Vaccination in Burma 1920-1933 - 1920-1933
Year: 1920
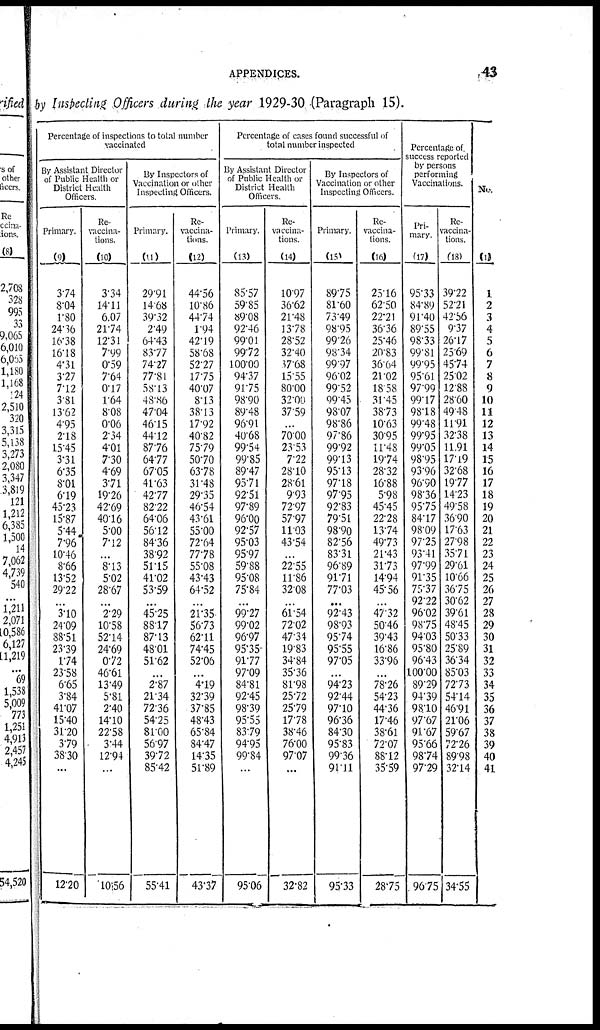
APPENDICES.
43
by Inspecting Officers during the year 1929-30 (Paragraph 15).
Percentage of inspections to total number
vaccinated
By Assistant Director
of Public Health or
District Health
Officers.
Primary.
(9)
374
8.04
1.80
24.36
16.38
16.18
4.31
3.27
7.12
3.81
13.62
4.95
2.18
15.45
3.31
6.35
8.01
6.19
45.23
15.87
5.44
7.96
10.46
8.66
13.52
29.22
......
3.10
24.09
88.51
23.39
1.74
23.58
6.65
3.84
41.07
15.40
31.20
3.79
38.30
...
12.20
Re-
vaccina-
tions.
(10)
3.34
14.11
6.07
21.74
12.31
7.99
0.59
7.64
0.17
1.64
8.08
0.06
2.34
4.01
7.30
4.69
3.71
19.26
42.69
40.16
5.00
7.12
...
8.13
5.02
28.67
...
2.29
10.58
52.14
24.69
0.72
46.61
13.49
5.81
2.40
14.10
22.58
3.44
12.94
...
10.56
By Inspectors of
Vaccination or other
Inspecting Officers.
Primary.
(11)
29.91
14.68
39.32
2.49
64.43
83.77
74.27
77.81
58.13
48.86
47.04
46.15
44.12
87.76
64.77
67.05
41.63
42.77
82.22
64.06
56.12
84.36
38.92
51.15
41.02
53.59
...
45.25
88.17
87.13
48.01
51.62
...
2.87
21.34
72.36
54.25
81.00
56.97
39.72
85.42
55.41
Re-
vaccina-
tions.
(12)
44.56
10.86
44.74
1.94
42.19
58.68
52.27
17.75
40.07
8.13
38.13
17.92
40.82
75.79
50.70
63.78
31.48
29.35
46.54
43.61
55.00
72.64
77.78
55.08
43.43
64.52
...
21.35
56.73
62.11
74.45
52.06
...
4.19
32.39
37.85
48.43
65.84
84.47
14.35
51.89
43.37
Percentage of cases found successful of
total number inspected
By Assistant Director
of Public Health or
District Health
Officers.
Primary.
(13)
85.57
59.85
89.08
92.46
99.01
99.72
100.00
94.37
91.75
98.90
89.48
96.91
40.68
99.54
99.85
89.47
95.71
92.51
97.89
96.00
92.57
95.03
95.97
59.88
95.08
75.84
...
99.27
99.02
96.97
95.35.
91.77
97.09
84.81
92.45
98.39
95.55
83.79
94.95
99.84
...
95.06
Re-
vaccina-
tions.
(14)
10.97
36.62
21.48
13.78
28.52
32.40
37.68
15.55
80.00
32.00
37.59
...
70.00
23.53
7.22
28.10
28.61
9.93
72.97
57.97
11.03
43.54
...
22.55
11.86
32.08
... 61.54
72.02
47.34
19.83
34.84
35.36
81.98
25.72
25.79
17.78
38.46
76.00
97.07
...
32.82
By Inspectors of
Vaccination or other
Inspecting Officers.
Primary.
(15)
89.75
81.60
73.49
98.95
99.26
98.34
99.97
96.02
99.52
99.45
98.07
98.86
97.86
99.92
99.13
95.13
97.18
97.95
92.83
79.51
98.90
82.56
83.31
96.89
91.71
77.03
...
92.43
98.93
95.74
95.55
97.05
...
94.23
92.44
97.10
96.36
84.30
95.83
99.36
91.11
95.33
Re-
vaccina-
tions.
(16)
25.16
62.50
22.21
36.36
25.46
20.83
36.64
21.02
18.58
31.45
38.73
10.63
30.95
11.48
19.74
28.32
16.88
5.98
45.45
22.28
13.74
49.73
21.43
31.73
14.94
45.56
...
47.32
50.46
39.43
16.86
33.96
...
78.26
54.23
44.36
17.46
38.61
72.07
88.12
35.59
28.75
Percentage of
success reported
by persons
performing
Vaccinations.
Pri-
mary.
(17)
95.33
84.89
91.40
89.55
98.33
99.81
99.95
95.61
97.99
99.17
98.18
99.48
99.95
99.05
98.95
93.96
96.90
98.36
95.75
84.17
98.09
97.25
93.41
97.99
91.35
75.37
92.22
96.02
98.75
94.03
95.80
96.43
100.00
89.29
94.39
98.10
97.67
91.67
95.66
98.74
97.29
96.75
Re-
vaccina-
tions.
(18)
39.22
52.21
42.56
9.37
26.17
25.69
45.74
25.02
12.88
28.60
49.48
11.91
32.38
11.91
17.19
32.68
19.77
14.23
49.58
36.90
17.63
27.98
35.71
29.61
10.66
36.75
30.62
39.61
48.45
50.33
25.89
36.34
85.03
72.73
54.14
46.91
21.06
59.67
72.26
89.98
32.14
34.55
No.
(1)
1
2
3
4
5
6
7
8
9
10
11
12
13
14
15
16
17
18
19
20
21
22
23
24
25
26
27
28
29
30
31
32
33
34
35
36
37
38
39
40
41